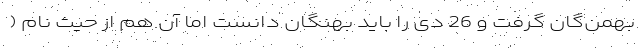
بهمن‌گان گرفت و 26 دی را باید بهنگان دانست اما آن هم از حیث نام (